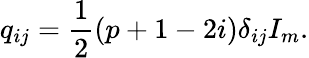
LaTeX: q_{ij}=\frac{1}{2}(p+1-2i)\delta_{ij}I_{m}.